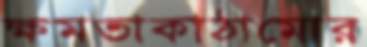
ক্ষমতাকাঠামোর